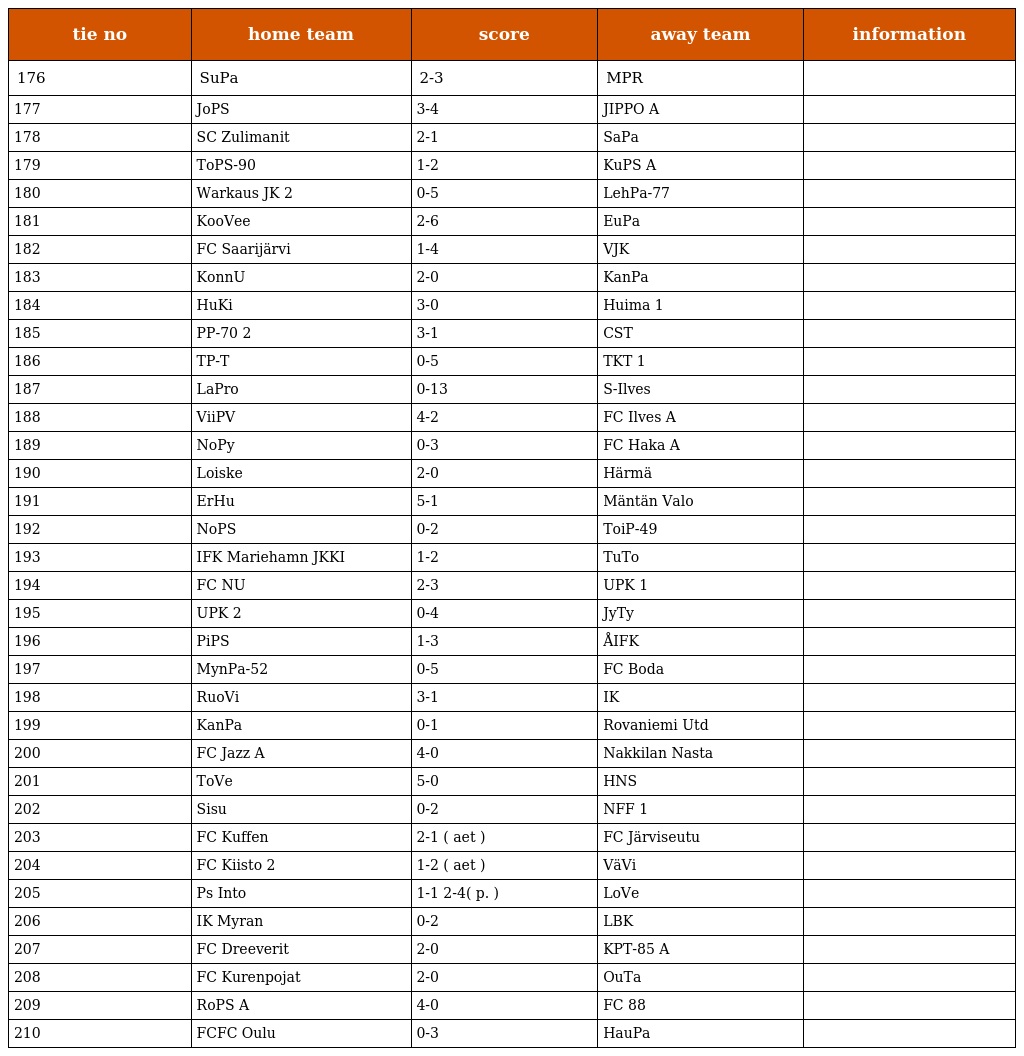
| tie no | home team | score | away team | information |
 | --- | --- | --- | --- | --- |
 | 176 | SuPa | 2-3 | MPR |  |
 | 177 | JoPS | 3-4 | JIPPO A |  |
 | 178 | SC Zulimanit | 2-1 | SaPa |  |
 | 179 | ToPS-90 | 1-2 | KuPS A |  |
 | 180 | Warkaus JK 2 | 0-5 | LehPa-77 |  |
 | 181 | KooVee | 2-6 | EuPa |  |
 | 182 | FC Saarijärvi | 1-4 | VJK |  |
 | 183 | KonnU | 2-0 | KanPa |  |
 | 184 | HuKi | 3-0 | Huima 1 |  |
 | 185 | PP-70 2 | 3-1 | CST |  |
 | 186 | TP-T | 0-5 | TKT 1 |  |
 | 187 | LaPro | 0-13 | S-Ilves |  |
 | 188 | ViiPV | 4-2 | FC Ilves A |  |
 | 189 | NoPy | 0-3 | FC Haka A |  |
 | 190 | Loiske | 2-0 | Härmä |  |
 | 191 | ErHu | 5-1 | Mäntän Valo |  |
 | 192 | NoPS | 0-2 | ToiP-49 |  |
 | 193 | IFK Mariehamn JKKI | 1-2 | TuTo |  |
 | 194 | FC NU | 2-3 | UPK 1 |  |
 | 195 | UPK 2 | 0-4 | JyTy |  |
 | 196 | PiPS | 1-3 | ÅIFK |  |
 | 197 | MynPa-52 | 0-5 | FC Boda |  |
 | 198 | RuoVi | 3-1 | IK |  |
 | 199 | KanPa | 0-1 | Rovaniemi Utd |  |
 | 200 | FC Jazz A | 4-0 | Nakkilan Nasta |  |
 | 201 | ToVe | 5-0 | HNS |  |
 | 202 | Sisu | 0-2 | NFF 1 |  |
 | 203 | FC Kuffen | 2-1 ( aet ) | FC Järviseutu |  |
 | 204 | FC Kiisto 2 | 1-2 ( aet ) | VäVi |  |
 | 205 | Ps Into | 1-1 2-4( p. ) | LoVe |  |
 | 206 | IK Myran | 0-2 | LBK |  |
 | 207 | FC Dreeverit | 2-0 | KPT-85 A |  |
 | 208 | FC Kurenpojat | 2-0 | OuTa |  |
 | 209 | RoPS A | 4-0 | FC 88 |  |
 | 210 | FCFC Oulu | 0-3 | HauPa |  |